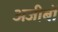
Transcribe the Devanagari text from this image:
अजीबों